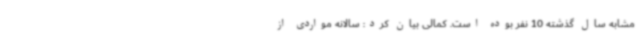
مشابه سال گذشته 10 نفر بوده است. کمالی بیان کرد: سالانه مواردی از